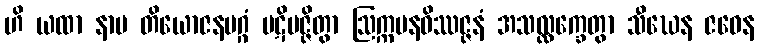
ဟိ ယထာ နာမ တိယောဇနမဂ္ဂံ ပဋိပဇ္ဇိတွာ ဩက္ကမနဝိဿဇ္ဇနံ အသလ္လက္ခေတွာ သီဃေန ဇဝေန